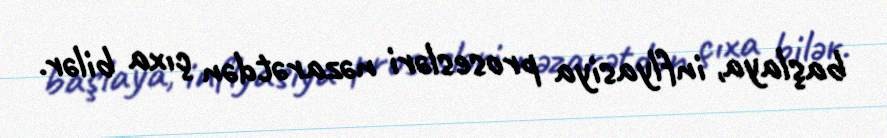
başlaya, inflyasiya prosesləri nəzarətdən çıxa bilər.